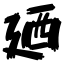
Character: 廼